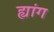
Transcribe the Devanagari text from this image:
ह्यांग